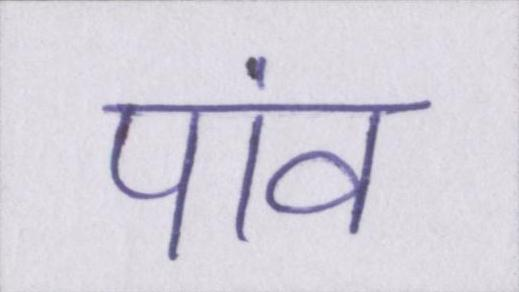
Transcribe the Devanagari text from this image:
पांव